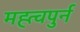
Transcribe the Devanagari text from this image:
मह्त्वपुर्न